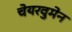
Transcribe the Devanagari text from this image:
चेयरवुमेन